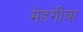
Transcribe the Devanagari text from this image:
मेहंगीबा